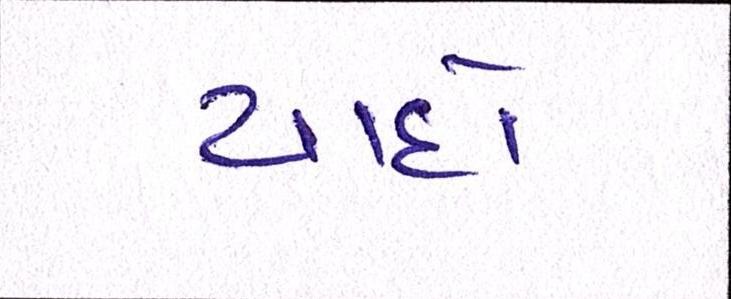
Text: યાદો